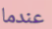
عندما